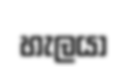
හැලයා